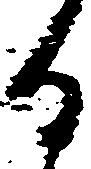
る